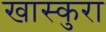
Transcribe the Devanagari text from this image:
खास्कुरा